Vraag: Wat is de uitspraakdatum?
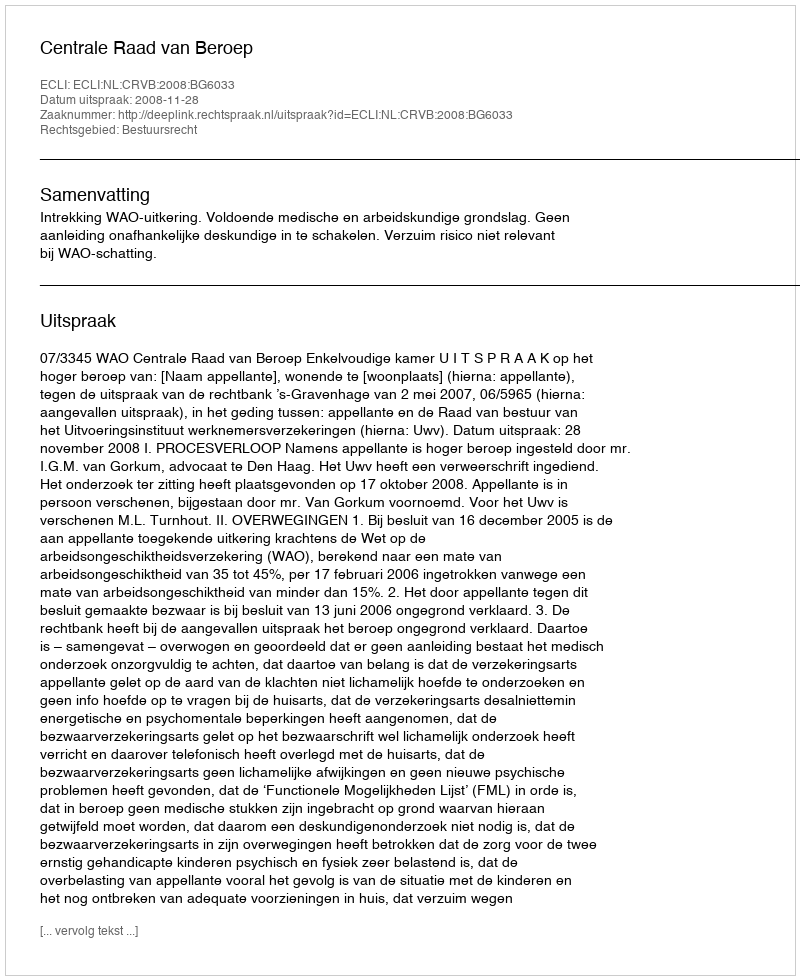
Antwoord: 2008-11-28